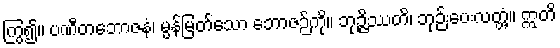
ကြွ၍။ ပဏီတဘောဇနံ၊ မွန်မြတ်သော ဘောဇဉ်ကို။ ဘုဉ္ဇိဿတိ၊ ဘုဉ်းပေးလတ္တံ့။ ဣတိ